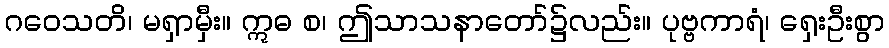
ဂဝေသတိ၊ မရှာမှီး။ ဣဓ စ၊ ဤသာသနာတော်၌လည်း။ ပုဗ္ဗကာရံ၊ ရှေးဦးစွာ